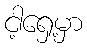
ငါ့ရှေ့မှာ